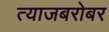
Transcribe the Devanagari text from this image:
त्याजबरोबर